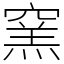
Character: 窯